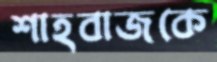
শাহবাজকে